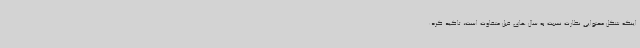
اینکه شکل محتوایی نظارت نسبت به سال های قبل متفاوت است، تاکید کرد: